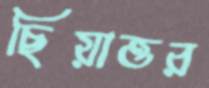
ছিয়াত্তর